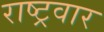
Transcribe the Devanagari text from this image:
राष्ट्रवार